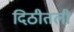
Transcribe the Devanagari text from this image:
दिठीतली